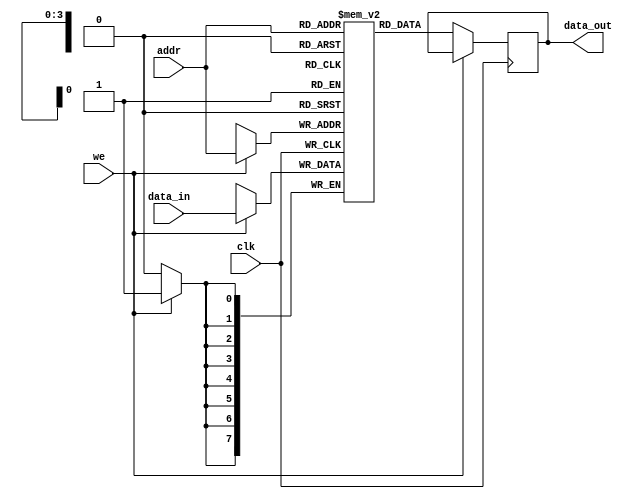
module single_port_ram #(
    parameter DATA_WIDTH = 8,  // Data width in bits
    parameter ADDR_WIDTH = 4   // Address width in bits
)(
    input  wire clk,               // Clock signal
    input  wire we,                // Write enable signal
    input  wire [ADDR_WIDTH-1:0] addr, // Address input
    input  wire [DATA_WIDTH-1:0] data_in, // Data input for writing
    output reg  [DATA_WIDTH-1:0] data_out // Data output for reading
);

    // Memory array declaration
    reg [DATA_WIDTH-1:0] ram [0:(1 << ADDR_WIDTH) - 1];

    // Synchronous read and write operations
    always @(posedge clk) begin
        if (we) begin
            // Write operation
            ram[addr] <= data_in; // Write data to the specified address
        end else begin
            // Read operation
            data_out <= ram[addr]; // Read data from the specified address
        end
    end

    // Optional: Asynchronous reset can be implemented as needed
    // If you want to initialize the RAM, consider adding a reset feature.

endmodule